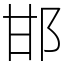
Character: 邯